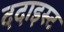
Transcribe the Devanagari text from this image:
ददाइस्ट